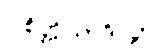
ပါစိတ္တိယာဒိပဉှာ